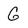
Character: G